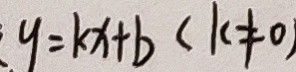
y = k x + b ( k \neq 0 )